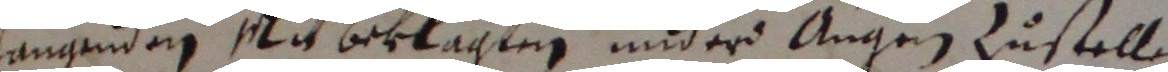
fangenden nit beklagten underd angen zustellen